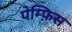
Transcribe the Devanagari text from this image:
पेम्फ़िस